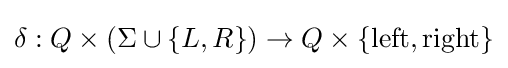
\delta :Q\times (\Sigma \cup \{L,R\})\rightarrow Q\times \{\mathrm {left,right} \}